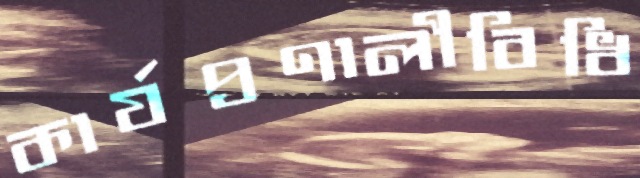
কার্যপ্রণালীবিধি